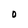
Character: O